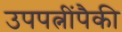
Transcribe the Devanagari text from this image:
उपपत्नींपैकी